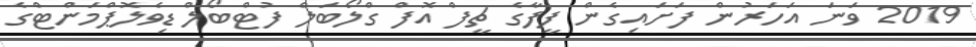
2019 ވަނަ އަހަރުން ފަށައިގެން ފީފާގެ ޗީފް އޮފް ގްލޯބަލް ފުޓްބޯލް ޑިވެލޮޕްމަންޓްގެ